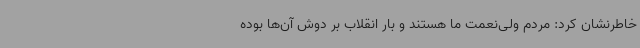
خاطرنشان کرد: مردم ولی‌نعمت ما هستند و بار انقلاب بر دوش آن‌ها بوده